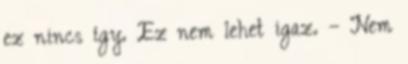
ez nincs így. Ez nem lehet igaz. – Nem